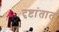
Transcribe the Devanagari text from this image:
दृष्टांतात